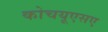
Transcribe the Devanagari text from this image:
कोचयूएसए